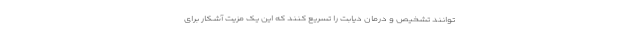
توانند تشخیص و درمان دیابت را تسریع کنند که این یک مزیت آشکار برای